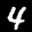
Label: 4